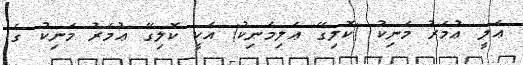
ޢަލީ ޢުމަރު މަނިކު (ކޮލިގޭ ޢަލިމަނިކު) އަކީ ކޮލިގޭ ޢުމަރު މަނިކު ގެ